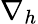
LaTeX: \nabla_{h}